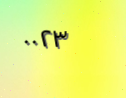
٠٠٢٣